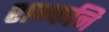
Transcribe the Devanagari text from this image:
शन्कनि